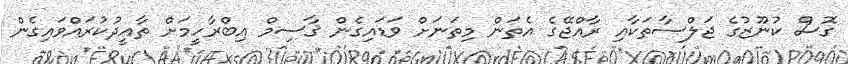
ގޮސް ކުނޫޒުގެ ޖަލްސާތަކާއި ރާއްޖޭގެ އެތަން މިތަނަށް ވަޑައިގެން ޤާސިމް އިބްރާހީމަށް ތާއީދުކުރައްވައިގެން